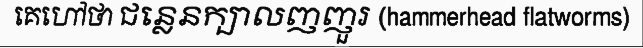
គេហៅថា ជន្លេនក្បាលញញួរ (hammerhead flatworms)